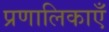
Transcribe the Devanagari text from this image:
प्रणालिकाएँ